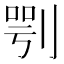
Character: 㓵